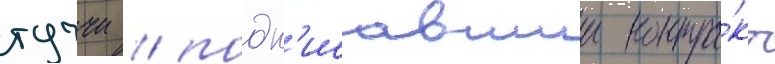
туччи / подп'исавшии контра́кт